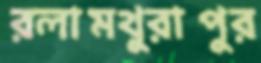
রলামথুরাপুর